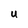
Character: u